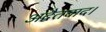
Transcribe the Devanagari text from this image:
अद्वैतवाद।